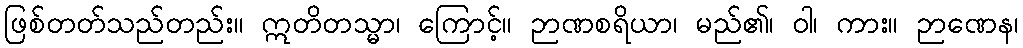
ဖြစ်တတ်သည်တည်း။ ဣတိတသ္မာ၊ ကြောင့်။ ဉာဏစရိယာ၊ မည်၏၊ ဝါ၊ ကား။ ဉာဏေန၊